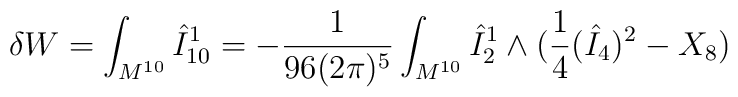
\delta W = \int_{M^{10}} \hat{I}^1_{10} = - \frac{1}{96(2\pi)^5} \int_{M^{10}} \hat{I}^1_2 \wedge (\frac{1}{4} (\hat{I}_4)^2 - X_8)